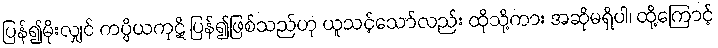
ပြန်၍မိုးလျှင် ကပ္ပိယကုဋိ ပြန်၍ဖြစ်သည်ဟု ယူသင့်သော်လည်း ထိုသို့ကား အဆိုမရှိပါ၊ ထို့ကြောင့်